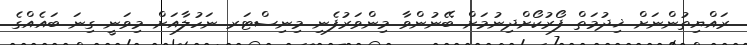
ރައްޔިތުންނަށް ޚިދުމަތް ފޯރުކޯށްދިނުމަށް ބޭނުންވާ މިންވަރުފެނި މިނިސްޓަރ ނަހުލާއަށް މިވަނީ ގިނަ ބައެއްގެ